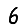
Digit: 6